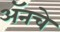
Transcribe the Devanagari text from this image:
अॅनचे